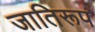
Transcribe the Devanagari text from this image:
जातिरूप